Vital statistics of India. Vol. V, Reports of 1876 on armies & jails and on epidemic cholera
Year: 1876
Disease focus: Cholera
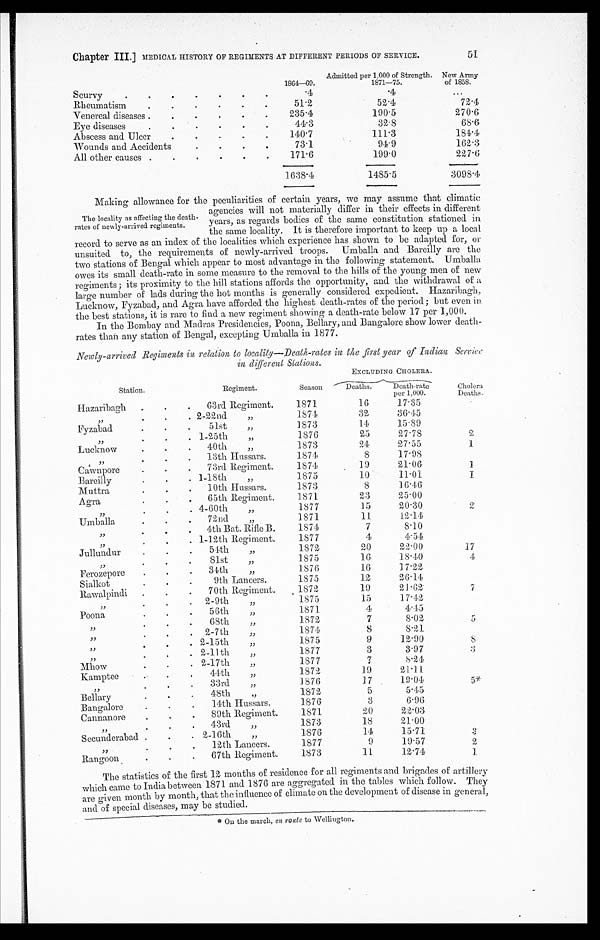
Chapter III.] MEDICAL HISTORY OF REGIMENTS AT DIFFERENT PERIODS OF SERVICE.
51
Admitted per 1,000 of Strength. New Army
1804-69.
1 8 7 1 - 7 5 .
of 1858.
Scurvy
.4
.4
Rheumatism
51.2
52.4
72.4
Venereal diseases
235.4
190.5
270.6
Eye diseases
44.3
32.8
68.6
Abscess and Ulcer
140.7
111.3
184.4
Wounds and Accidents
73.1
94.9
162.3
A l l o t h e r c a u s e s
1 7 1 . 6
199.0
227.6
1638.4
1485.5
3098.4
Making, allowance for the peculiarities of certain years, we may assume that climatic
agencies will not materially differ in their effects in different
years, as regards bodies of the same constitution stationed in
the same locality. It is therefore important to keep up a local
record to serve as an index of the localities which experience has shown to be adapted for, or
unsuited to, the requirements of newly-arrived troops. Umballa, and Bareilly are the
two stations of Bengal which appear to most advantage in the following statement. Umballa
owes its small death-rate in some measure to the removal to the hills of the young men of new
regiments; its proximity to the hill stations affords the opportunity, and the withdrawal of a
large number of lads during the hot months is generally considered expedient. Hazaribagh,
Lucknow, Fyzabad, and Agra have afforded the highest death-rates of the period; but even in
the best stations, it is rare to find a new regiment showing a death-rate below 17 per 1,000.
In the Bombay and Madras Presidencies, Poona, Bellary, and Bangalore show lower death-
rates than any station of Bengal, excepting Umballa in 1877.
Newly-arrived Regiments in relation to locality—Death-rates in the first year of Indian Servic
e in different Stations.
EXCLUDING CHOLERA.
Station.
R e g i m e n t .
Season
Deaths.
Death-rate
per 1,000.
Cholera
D e a t h s .
Hazaribagh
63rd Regiment.
1871
1 6
17.35
, ,
2-22nd ,,
1874
32
36.45
Fyzabad
51st ,,
1873
1 4
15.89
, ,
1-25th ,,
1876
25
27.78
2
Lucknow
4 0 t h , ,
1873
24
27.55
1
, ,
1 3 t h H u s s a r s .
1874
8
17.98
C a w n p o r e
73rd Regiment.
1874
19
21.06
1
Bareilly
1-18th ,,
1875
10
11.01
1
Muttra
1 0 t h Hu s s a r s .
1873
8
16.46
Agra
6 5 t h R e g i m e n t .
1871
23
25.00
, ,
4-60th ,,
1877
15
20.30
2
Umballa
72nd ,,
1871
11
12.14
, ,
4th Bat. Rifle B.
1874
7
8.10
, ,
1-12th Regiment
.
1877
4
4.54
J u l l u n d u r
5 4 t h , ,
1872
20
22.00
17
, ,
81st ,,
1875
16
18.40
4
F e r o z e p o r e
3 4 t h , ,
1876
1 6
17.22
Sialkot
9th Lancers.
1875
12
26.14
Rawalpindi
70th Regiment
1872
19
21.62
7
, ,
2 - 9 t h , ,
1875
15
17.42
Poona
56th ,,
1871
4
4.45
, ,
68th ,,
1872
7
8.02
5
, ,
2-7th ,,
1874
8
8.21
, ,
2 - 1 5 t h , ,
1875
9
12.90
8
, ,
2-11th ,,
1877
3
3.97
3
Mhow
2-17th ,,
1877
7
8.24
Kamptee
4 4 t h , ,
1872
19
21.11
, ,
33rd ,,
1876
17
19.04
5*
B e l l a r y
48th ,,
1872
5
5.45
Bangalore
14th Hussars
.
1876
3
6.96
Cannanore
89th Regiment.
1871
20
22.03
, ,
4 3 r d , ,
1873
18
21.00
Secunderabad
2-16th ,,
1876
14
15.71
3
, ,
12th Lancers.
1877
9
19.57
2
Rangoon
67th Regiment.
1873
11
12.74
1
The statistics of the first 12 months of residence for all
r e g i m e n t s a n d b r i g a d e s o f a r t i l l e r y w h i c h c a m e t o I n d i a b e t w e e n 1 8 7 1 a n d 1 8 7 6 a r e a g g r e g a t e d i n t h e t a b l e s w h i c h f o l l o w . T h e y
are given month by month, that the influence of climate on the development of disease in general,
and of special diseases, may be studied.
* On the march, en route to Wellington.
The locality as affecting the death-
rates of newly-arrived regiments.